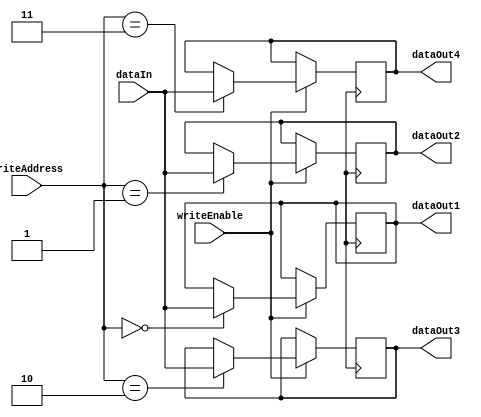
module RegisterFile (
  input wire [31:0] dataIn,   // Input data to be written to register
  input wire writeEnable,     // Write enable signal
  input wire [4:0] writeAddress, // Address of register to write data to
  output reg [31:0] dataOut1,  // Data output from register 1
  output reg [31:0] dataOut2,  // Data output from register 2
  output reg [31:0] dataOut3,  // Data output from register 3
  output reg [31:0] dataOut4   // Data output from register 4
);

// Define registers
reg [31:0] register1;
reg [31:0] register2;
reg [31:0] register3;
reg [31:0] register4;

// Write data to registers based on writeAddress
always @ (posedge clk) begin
  if (writeEnable) begin
    case (writeAddress)
      5'b00000: register1 <= dataIn;
      5'b00001: register2 <= dataIn;
      5'b00010: register3 <= dataIn;
      5'b00011: register4 <= dataIn;
    endcase
  end
end

// Read data from registers
always @ (*) begin
  dataOut1 = register1;
  dataOut2 = register2;
  dataOut3 = register3;
  dataOut4 = register4;
end

endmodule